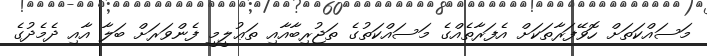
މަސައްކަތަށް ހޮވޭފަރާތަކަށް އެފަރާތެއްގެ މަސައްކަތުގެ ތަޖުރިބާއާއި ތަޢުލީމީ ފެންވަރަށް ބަލާ އާއި ދެމެދުގެ